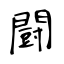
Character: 闘